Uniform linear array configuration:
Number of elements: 12
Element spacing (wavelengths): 0.5
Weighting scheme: hann
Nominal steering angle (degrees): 45
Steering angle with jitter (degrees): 45.525
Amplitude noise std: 0.05
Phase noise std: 0.05

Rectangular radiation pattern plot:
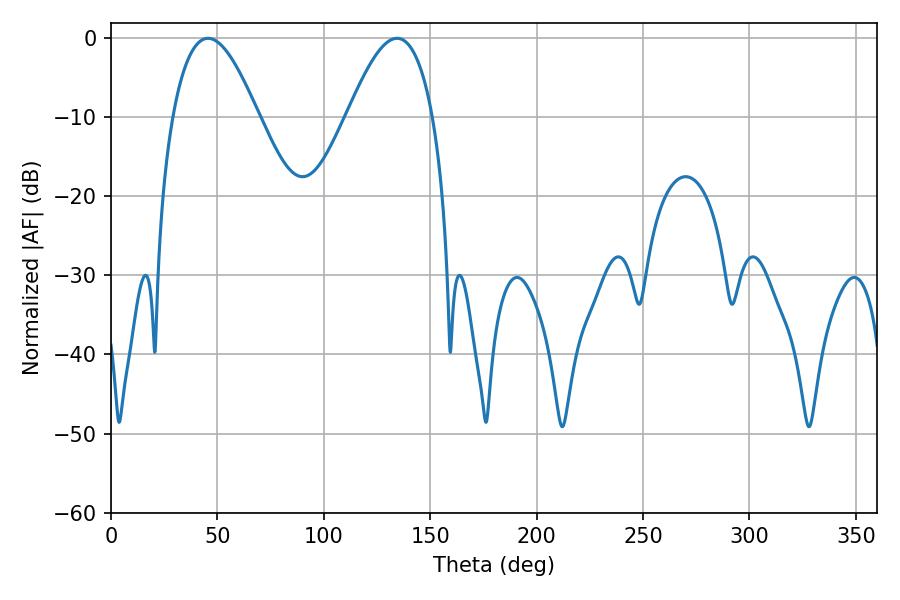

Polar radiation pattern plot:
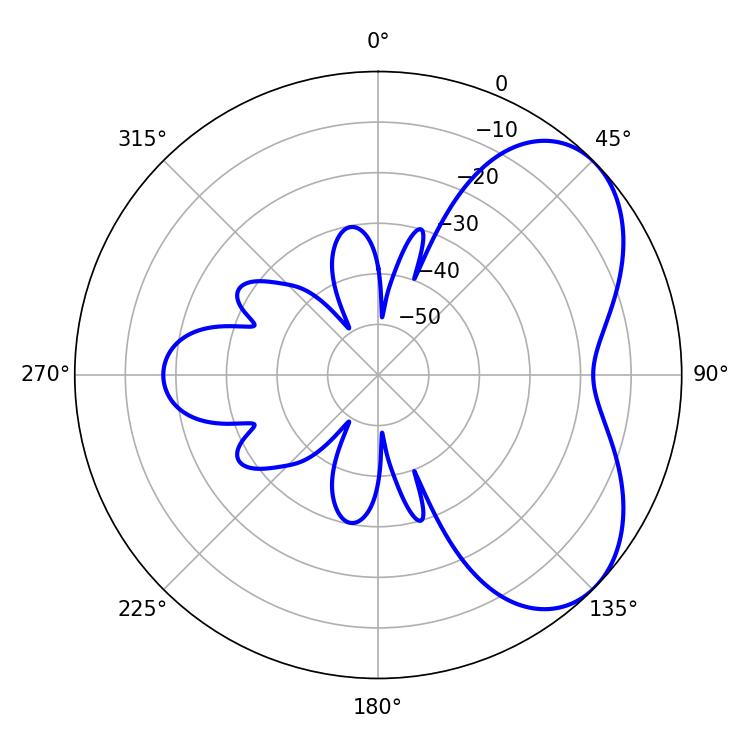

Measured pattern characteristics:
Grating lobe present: FALSE
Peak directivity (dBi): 5.173
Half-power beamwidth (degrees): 21.78
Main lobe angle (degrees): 45.54